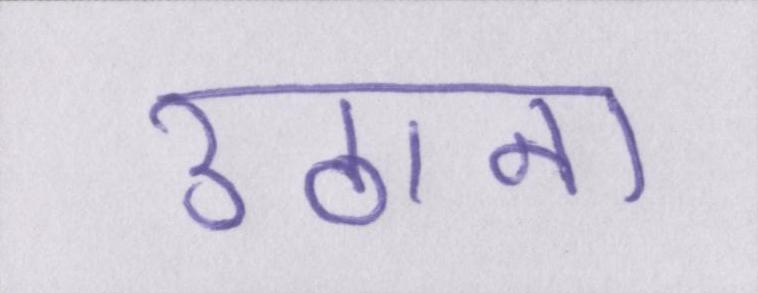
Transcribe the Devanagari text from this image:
उठाना